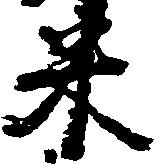
米